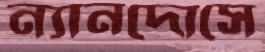
ন্যানদোসে